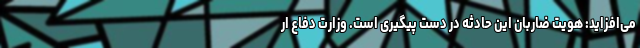
می‌افزاید: هویت ضاربان این حادثه در دست پیگیری است. وزارت دفاع ار